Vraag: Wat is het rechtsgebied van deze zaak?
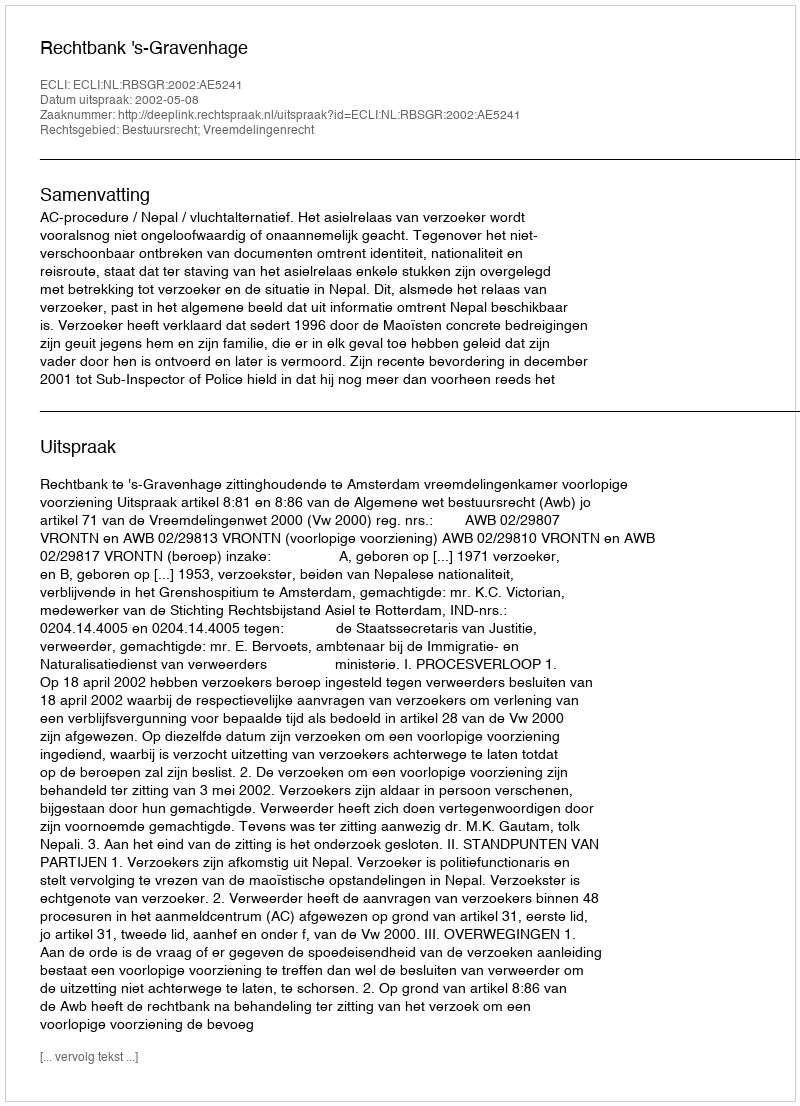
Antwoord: Bestuursrecht; Vreemdelingenrecht